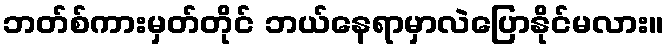
ဘတ်စ်ကားမှတ်တိုင် ဘယ်နေရာမှာလဲပြောနိုင်မလား။